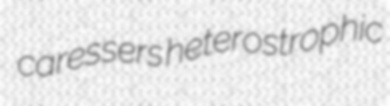
caressers heterostrophic